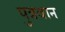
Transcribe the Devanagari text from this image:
पुत्रवान